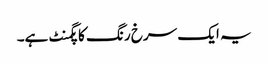
یہ ایک سرخ رنگ کا پگمنٹ ہے۔